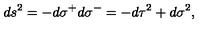
d s ^ { 2 } = - d \sigma ^ { + } d \sigma ^ { - } = - d \tau ^ { 2 } + d \sigma ^ { 2 } ,